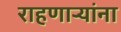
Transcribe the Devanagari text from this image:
राहणार्‍यांना